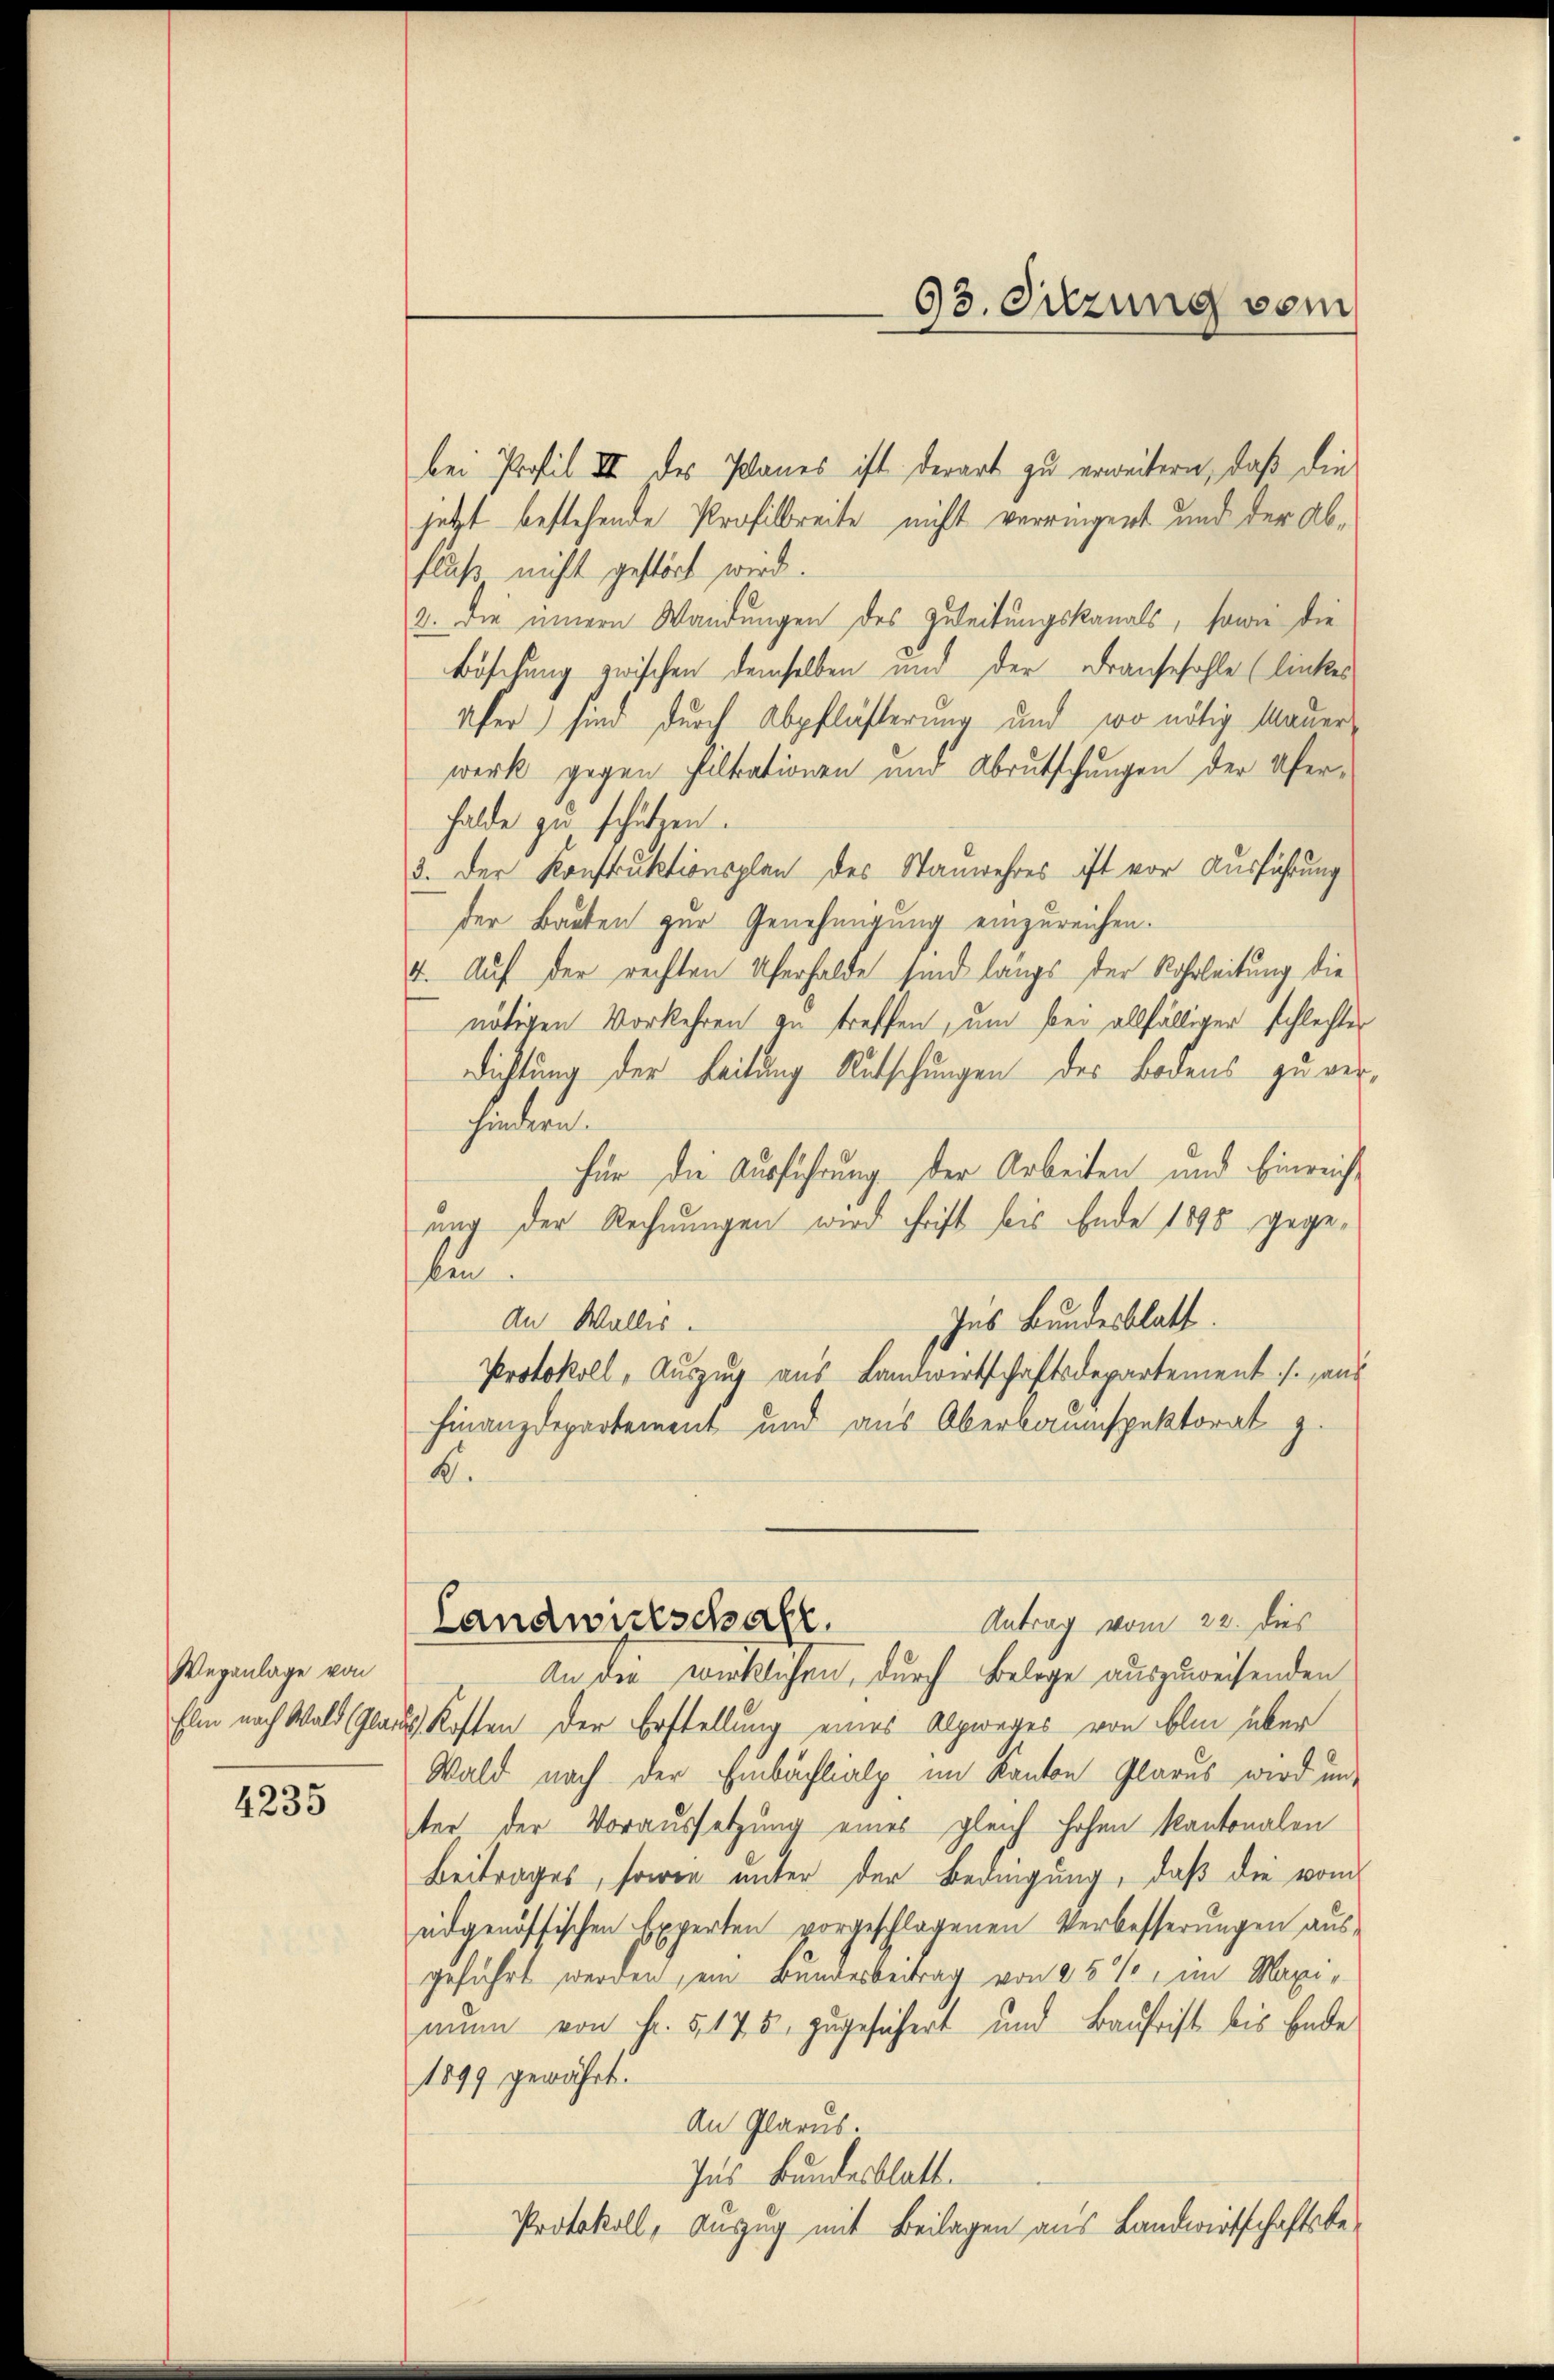
Weganlage von

4235

bei Profil III des Planes ist derart zu erweitern, daß die
jetzt bestehende Profisbreite nicht verringert und der Abfluß nicht gestört wird.
2. Die innern Wandungen des Zuleitungskanals, sowie die
Böschung zwischen demselben und der Fransehohle (linkes
Ufer sind durch Abpflästerung und wo nötig Mauerwerk gegen Faltrationen und Abrutschungen der Uferhalde zu schützen.
3. Der Konstruktionsplan des Stauwehres ist vor Ausführung
der Bauten zur Genehmigung einzureichen.
4. Auf der rechten Uferhalde sind längs der Rohrleitung die
nötigen Vorkehren zu treffen, um bei allfälliger schlechter
Dichtung der Leitung Rutschungen des Bodens zu verhindern.
für die Ausführung der Arbeiten und Einreichung der Rechnungen wird chrift bis Ende 1895 gegeken
An Wallis.
Ins Bundesblatt.
Protokoll, Auszug aus Landwirtschaftsdepartement s. aus
Finanzdepartement und aus Oberbaumspektorat z.
B.
Antrag vom 22. dies
Landwirtschaft.
An der wirklichen, durch Belege auszuweisenden
Elm nach Wald (Glaubt Kosten der Erstellung eines Alpweges von blin über
Wald nach der Embächlialp im Kanton Glarus wird unter der Voraussetzung eines gleich hohen Kantonalen
Beitrages, sowie unter der Bedingung, daß die vom
eidgenössischen Experten vorgeschlagenen Verbesserungen ausgeführt werden, ein Bundesbeitrag von 25%, im Maxi-
mum von Fr. 5. 175. zugesichert und Baufrist bis Ende
1899 gewährt.
An Glarus
Ins Bundesblatt.
Protokoll, Auszug mit Beilagen aus Landwirtschaftsbe¬

93. Suzung vom